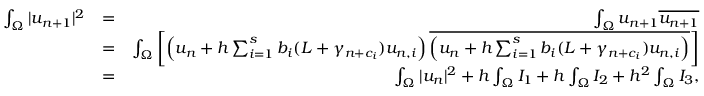
\begin{array} { r l r } { \int _ { \Omega } | u _ { n + 1 } | ^ { 2 } } & { = } & { \int _ { \Omega } u _ { n + 1 } \overline { { u _ { n + 1 } } } } \\ & { = } & { \int _ { \Omega } \left[ \left( u _ { n } + h \sum _ { i = 1 } ^ { s } b _ { i } ( L + \gamma _ { n + c _ { i } } ) u _ { n , i } \right) \overline { { \left( u _ { n } + h \sum _ { i = 1 } ^ { s } b _ { i } ( L + \gamma _ { n + c _ { i } } ) u _ { n , i } \right) } } \right] } \\ & { = } & { \int _ { \Omega } | u _ { n } | ^ { 2 } + h \int _ { \Omega } I _ { 1 } + h \int _ { \Omega } I _ { 2 } + h ^ { 2 } \int _ { \Omega } I _ { 3 } , } \end{array}